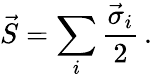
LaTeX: \vec{S}=\sum_{i}{\frac{\vec{\sigma}_{i}}{2}}\, .